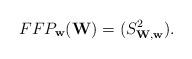
LaTeX: \begin{align*}FFP_{\mathbf{w}}(\mathbf{W})=(S_{\mathbf{W},\mathbf{w}}^{2}).\end{align*}